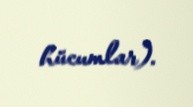
hücumlar).